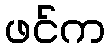
ဖင်က